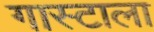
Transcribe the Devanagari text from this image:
गास्टाला